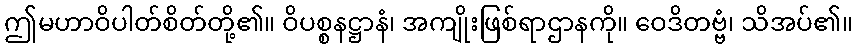
ဤမဟာဝိပါတ်စိတ်တို့၏။ ဝိပစ္စနဋ္ဌာနံ၊ အကျိုးဖြစ်ရာဌာနကို။ ဝေဒိတဗ္ဗံ၊ သိအပ်၏။